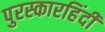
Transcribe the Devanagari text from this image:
पुरस्कारहिंदी